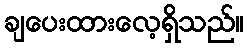
ချပေးထားလေ့ရှိသည်။